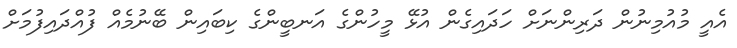
އެއީ މުއުމިނުން ދަރިންނަށް ހަދައިގެން އުޅޭ މީހުންގެ އަނބީންގެ ކިބައިން ބޭނުމެއް ފުއްދައިފުމަށް